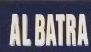
al